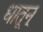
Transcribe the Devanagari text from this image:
धातून्